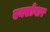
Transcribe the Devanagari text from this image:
एक्सोबार